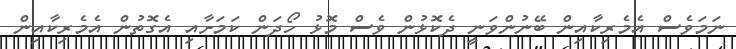
ނަމަވެސް އެމެރިކާއިން ބޭނުންވަނީ ދެކޮޅުން ވެސް މޮޅު ހޯދަން ކަމަށާއި އެގޮތުން އެމެރިކާއިން